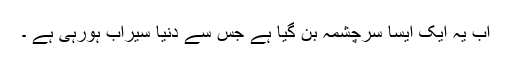
اب یہ ایک ایسا سرچشمہ بن گیا ہے جس سے دنیا سیراب ہورہی ہے ۔